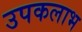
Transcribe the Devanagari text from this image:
उपकलाभ